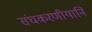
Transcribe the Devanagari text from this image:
संघकरणीयानि